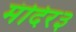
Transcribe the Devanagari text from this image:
मंदिर३